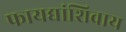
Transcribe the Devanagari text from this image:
फायद्यांशिवाय